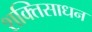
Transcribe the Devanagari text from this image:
शक्तिसाधन